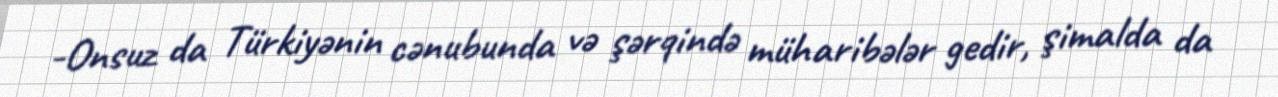
-Onsuz da Türkiyənin cənubunda və şərqində müharibələr gedir, şimalda da